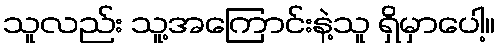
သူလည်း သူ့အကြောင်းနဲ့သူ ရှိမှာပေါ့။